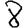
Digit: 8